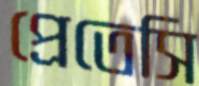
প্রেতেসি